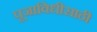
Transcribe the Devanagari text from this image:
पूजाविधीसाठी